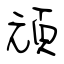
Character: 頑